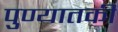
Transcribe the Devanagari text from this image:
पुण्यातकी